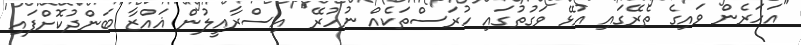
"އަހަރެން ވައިގެ ތެރޭގައި އުޅޭ ވަގުތުގައި ހުރަސްތަކެއް ނުހުރޭ" އިސްރާއީލުން ޣައްޒާ ބަންދުކޮށްފައި